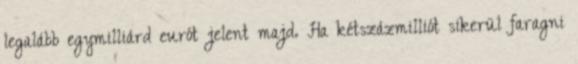
legalább egymilliárd eurót jelent majd. Ha kétszázmilliót sikerül faragni